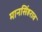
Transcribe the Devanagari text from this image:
मानसिंहराव